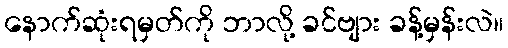
နောက်ဆုံးရမှတ်ကို ဘာလို့ ခင်ဗျား ခန့်မှန်းလဲ။